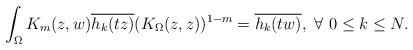
LaTeX: \begin{align*} \int_\Omega K_m(z,w) \overline{h_k(tz)} (K_\Omega(z,z))^{1-m}= \overline{h_k(tw)}, \ \forall\ 0\leq k \leq N.\end{align*}